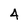
Character: 4